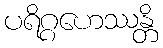
ပရိဂ္ဂဟေဿန္တိ